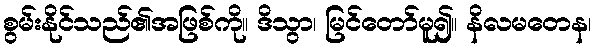
စွမ်းနိုင်သည်၏အဖြစ်ကို။ ဒိသွာ၊ မြင်တော်မူ၍။ နိလမတေန၊